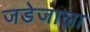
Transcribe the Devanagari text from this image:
जडेजाला